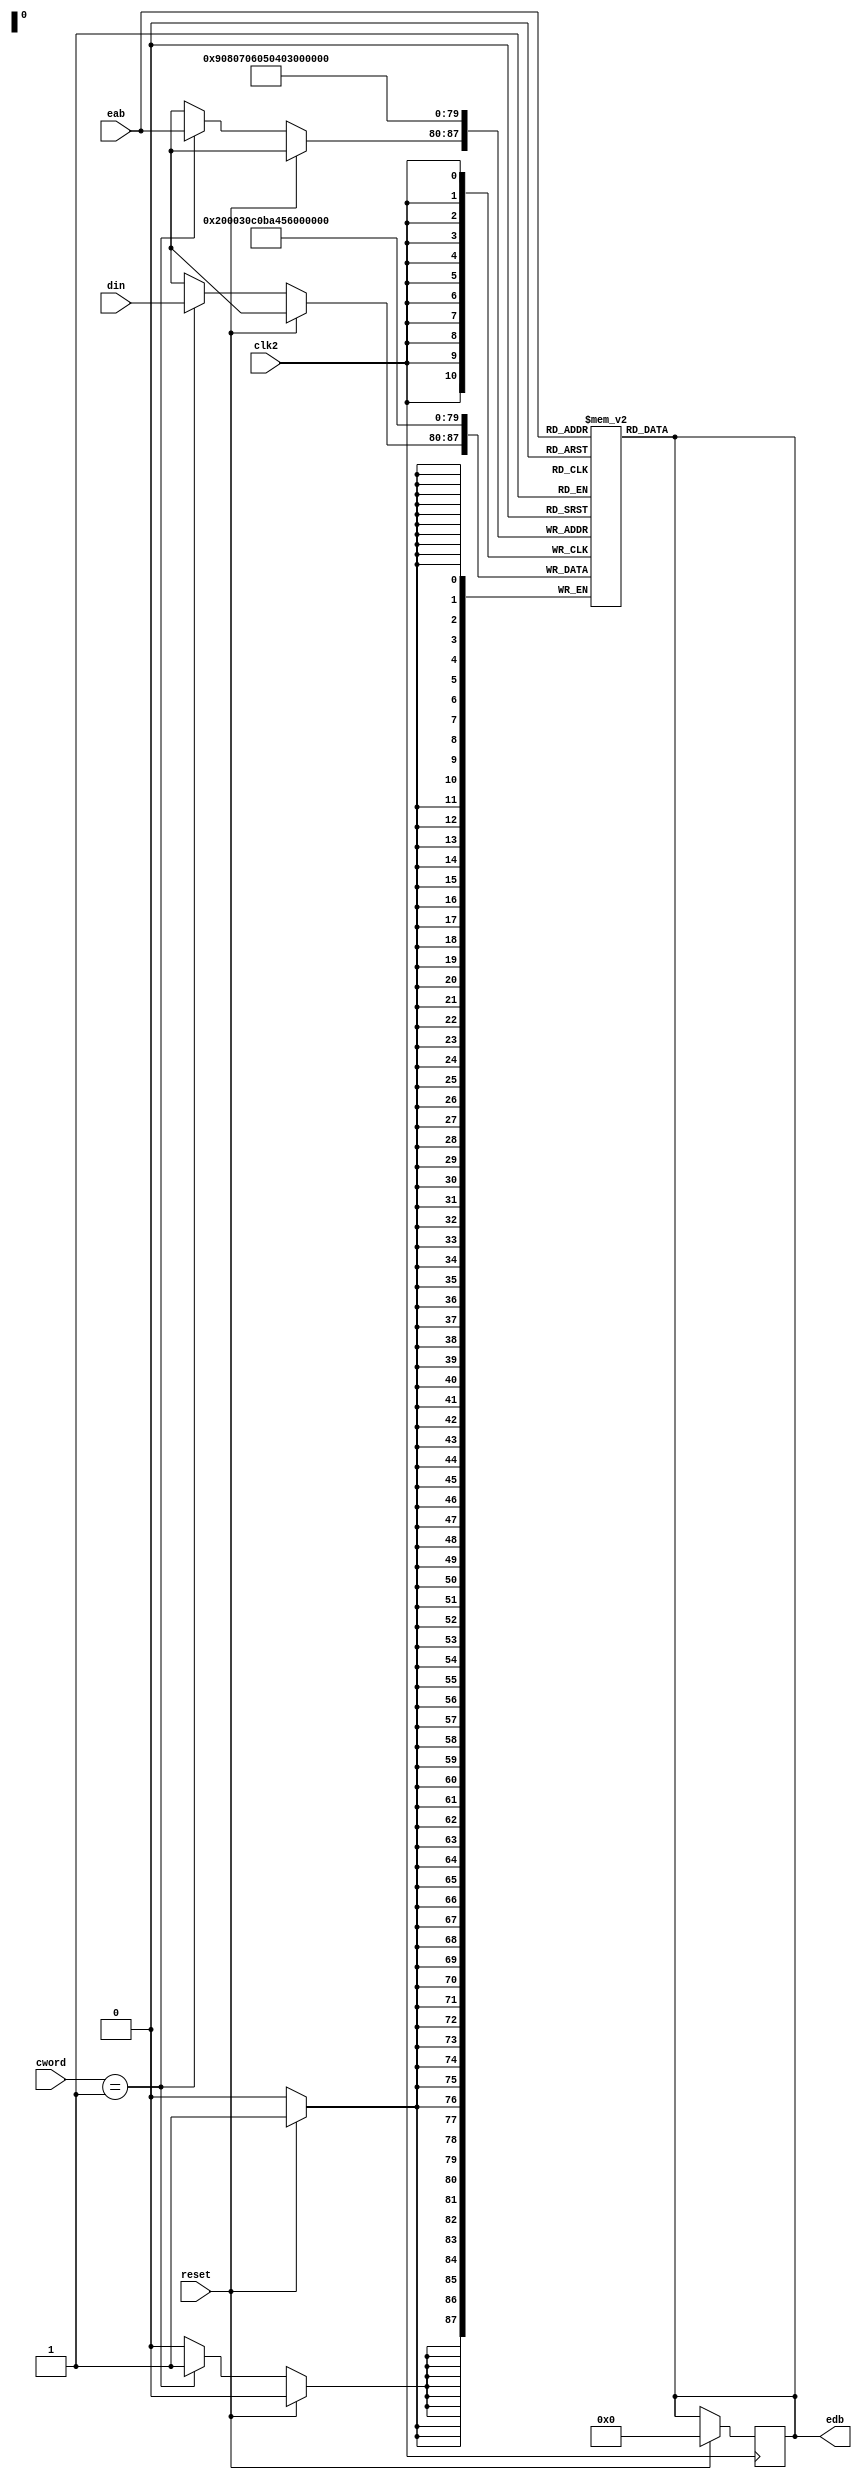
module ram(edb,din,eab,cword,clk2,reset);
output reg [7:0]edb;
input [7:0]din,eab;
input [1:0]cword;
input clk2,reset;
reg [7:0]mem[255:0];

always @(*)
begin
$monitor("%d %d %d %d %d %d %d %d %d %d",mem[0],mem[1],mem[2],mem[3],mem[4],mem[5],mem[6],mem[7],mem[8],mem[9]);
edb=mem[eab];
end

always @(posedge clk2)//P4
begin
if(reset)
begin
mem[0]=8'b11000100;//lbi
mem[1]=8'b00000110;//6
mem[2]=8'b00000101;//add r0 r1
mem[3]=8'b01010110;//and r1 r2
mem[4]=8'b10100100;//or r2 r0
mem[5]=8'b00001011;//add r0 @(r3)
mem[6]=8'b00001100;//add r0 @(b+d)
mem[7]=8'b00000011;//3
mem[8]=8'b00000000;//halt
mem[9]=8'b00000010;//data=2
edb=8'd0;
end
else if(cword[1:0]==2'b01)
mem[eab]=din;
end

endmodule